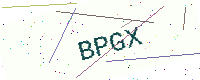
Text: BPGX